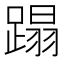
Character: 蹋